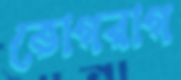
ভোগরাগ